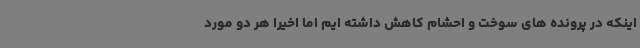
اینکه در پرونده های سوخت و احشام کاهش داشته ایم اما اخیرا هر دو مورد